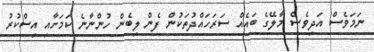
ނަމަވެސް އަދިވެސް މާލޭގެ ބައެއް ސަރަހައްދުތަކުން ފެން ލިބެން ހުންނާނެ ކަމަށާއި އިސްކުރު